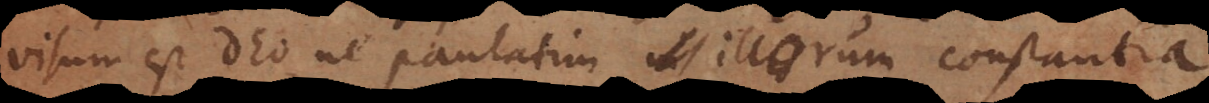
visum est Deo, ne paulatim illorum constantia